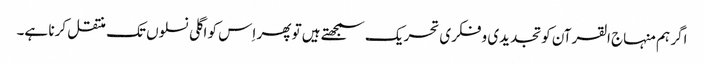
اگر ہم منہاج القرآن کو تجدیدی و فکری تحریک سمجھتے ہیں تو پھر اِس کو اگلی نسلوں تک منتقل کرنا ہے۔